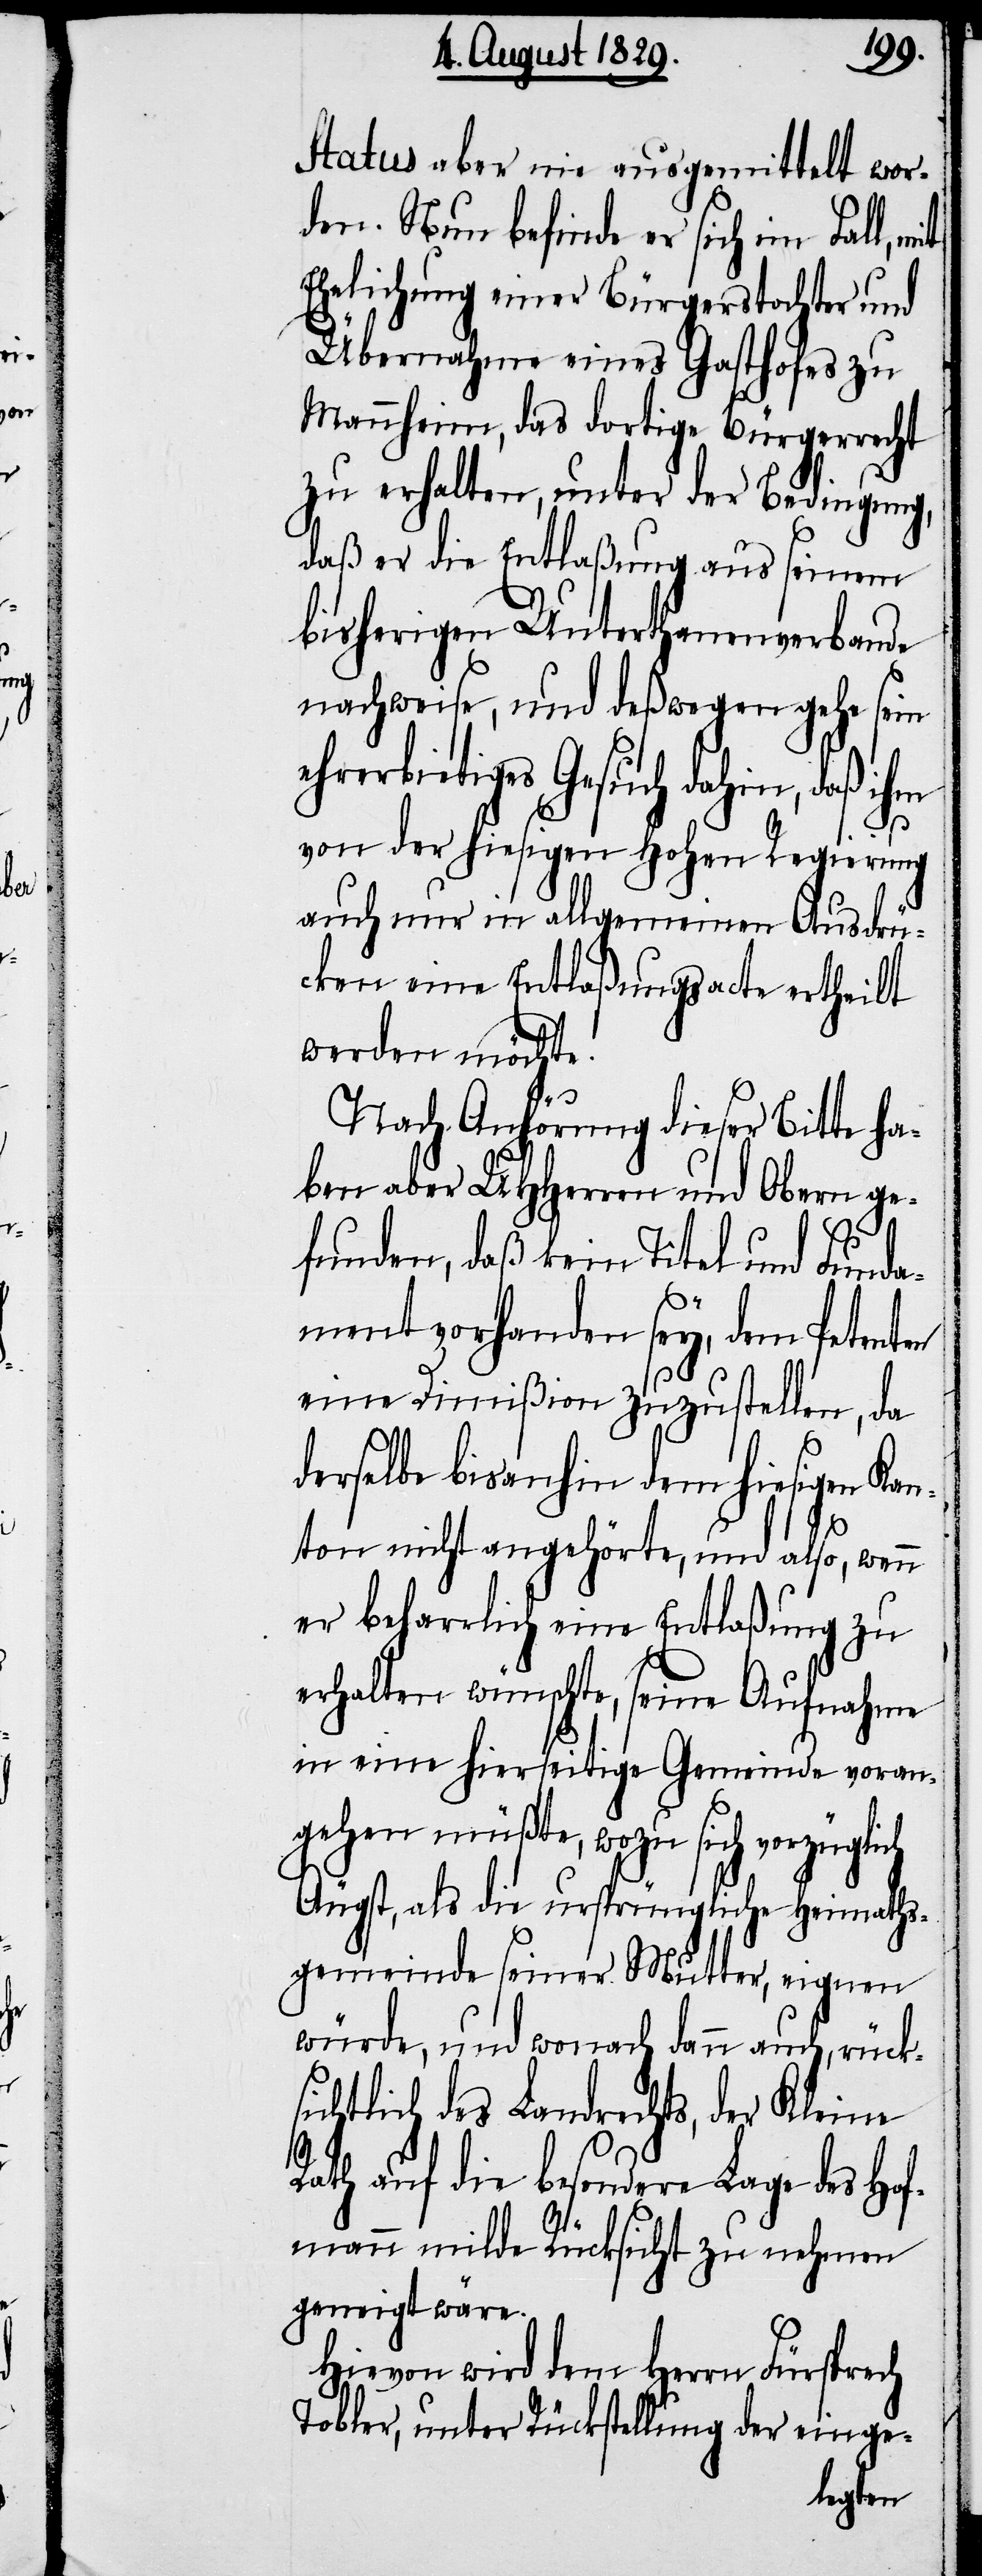
Status aber nie ausgemittelt wor¬
den. Nun befinde er sich im Fall,
Ehelichung einer Bürgerstochter und
Übernahme eines Gasthofes zu
Mannheim, das dortige Bürgerrecht
zu erhalten, unter der Bedingung,
daß er die Entlaßung aus seinem
bisherigen Unterthanenverbande
nachweise, und deßwegen gehe sein
ehrerbietiges Gesuch dahin, daß ihm
von der hiesigen Hohen Regierung
auch nur in allgemeinen Ausdrü¬
cken eine Entlaßungsacte ertheilt
werden möchte.
Nach Anhörung dieser Bitte ha¬
ben aber UHHerren und Obern ge¬
funden, daß kein Titel und Fund¬
ament vorhanden sey, dem Petenten
eine Dimißion zuzustellen, da
derselbe bis anhin dem hiesigen Kan¬
ton nicht angehörte, und also, wenn
er beharrlich eine Entlaßung zu
erhalten wünschte, seine Aufnahme
in eine hierseitige Gemeinde voran¬
gehen müßte, wozu sich vorzüglich
Äugst, als die ursprüngliche Heimaths¬
gemeinde seiner Mutter, eignen
würde, und wonach dann auch, rück¬
sichtlich des Landrechts, der Kleine
Rath auf die besondere Lage des Hof¬
mann milde Rücksicht zu nehmen
geneigt wäre.
Hievon wird dem Herr Fürsprech
Tobler, unter Rückstellung der einge-